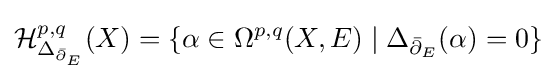
{\mathcal {H}}_{\Delta _{{\bar {\partial }}_{E}}}^{p,q}(X)=\{\alpha \in \Omega ^{p,q}(X,E)\mid \Delta _{{\bar {\partial }}_{E}}(\alpha )=0\}